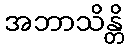
အဘာသိန္တိ